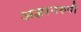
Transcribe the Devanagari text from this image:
अज्ञानरुपी